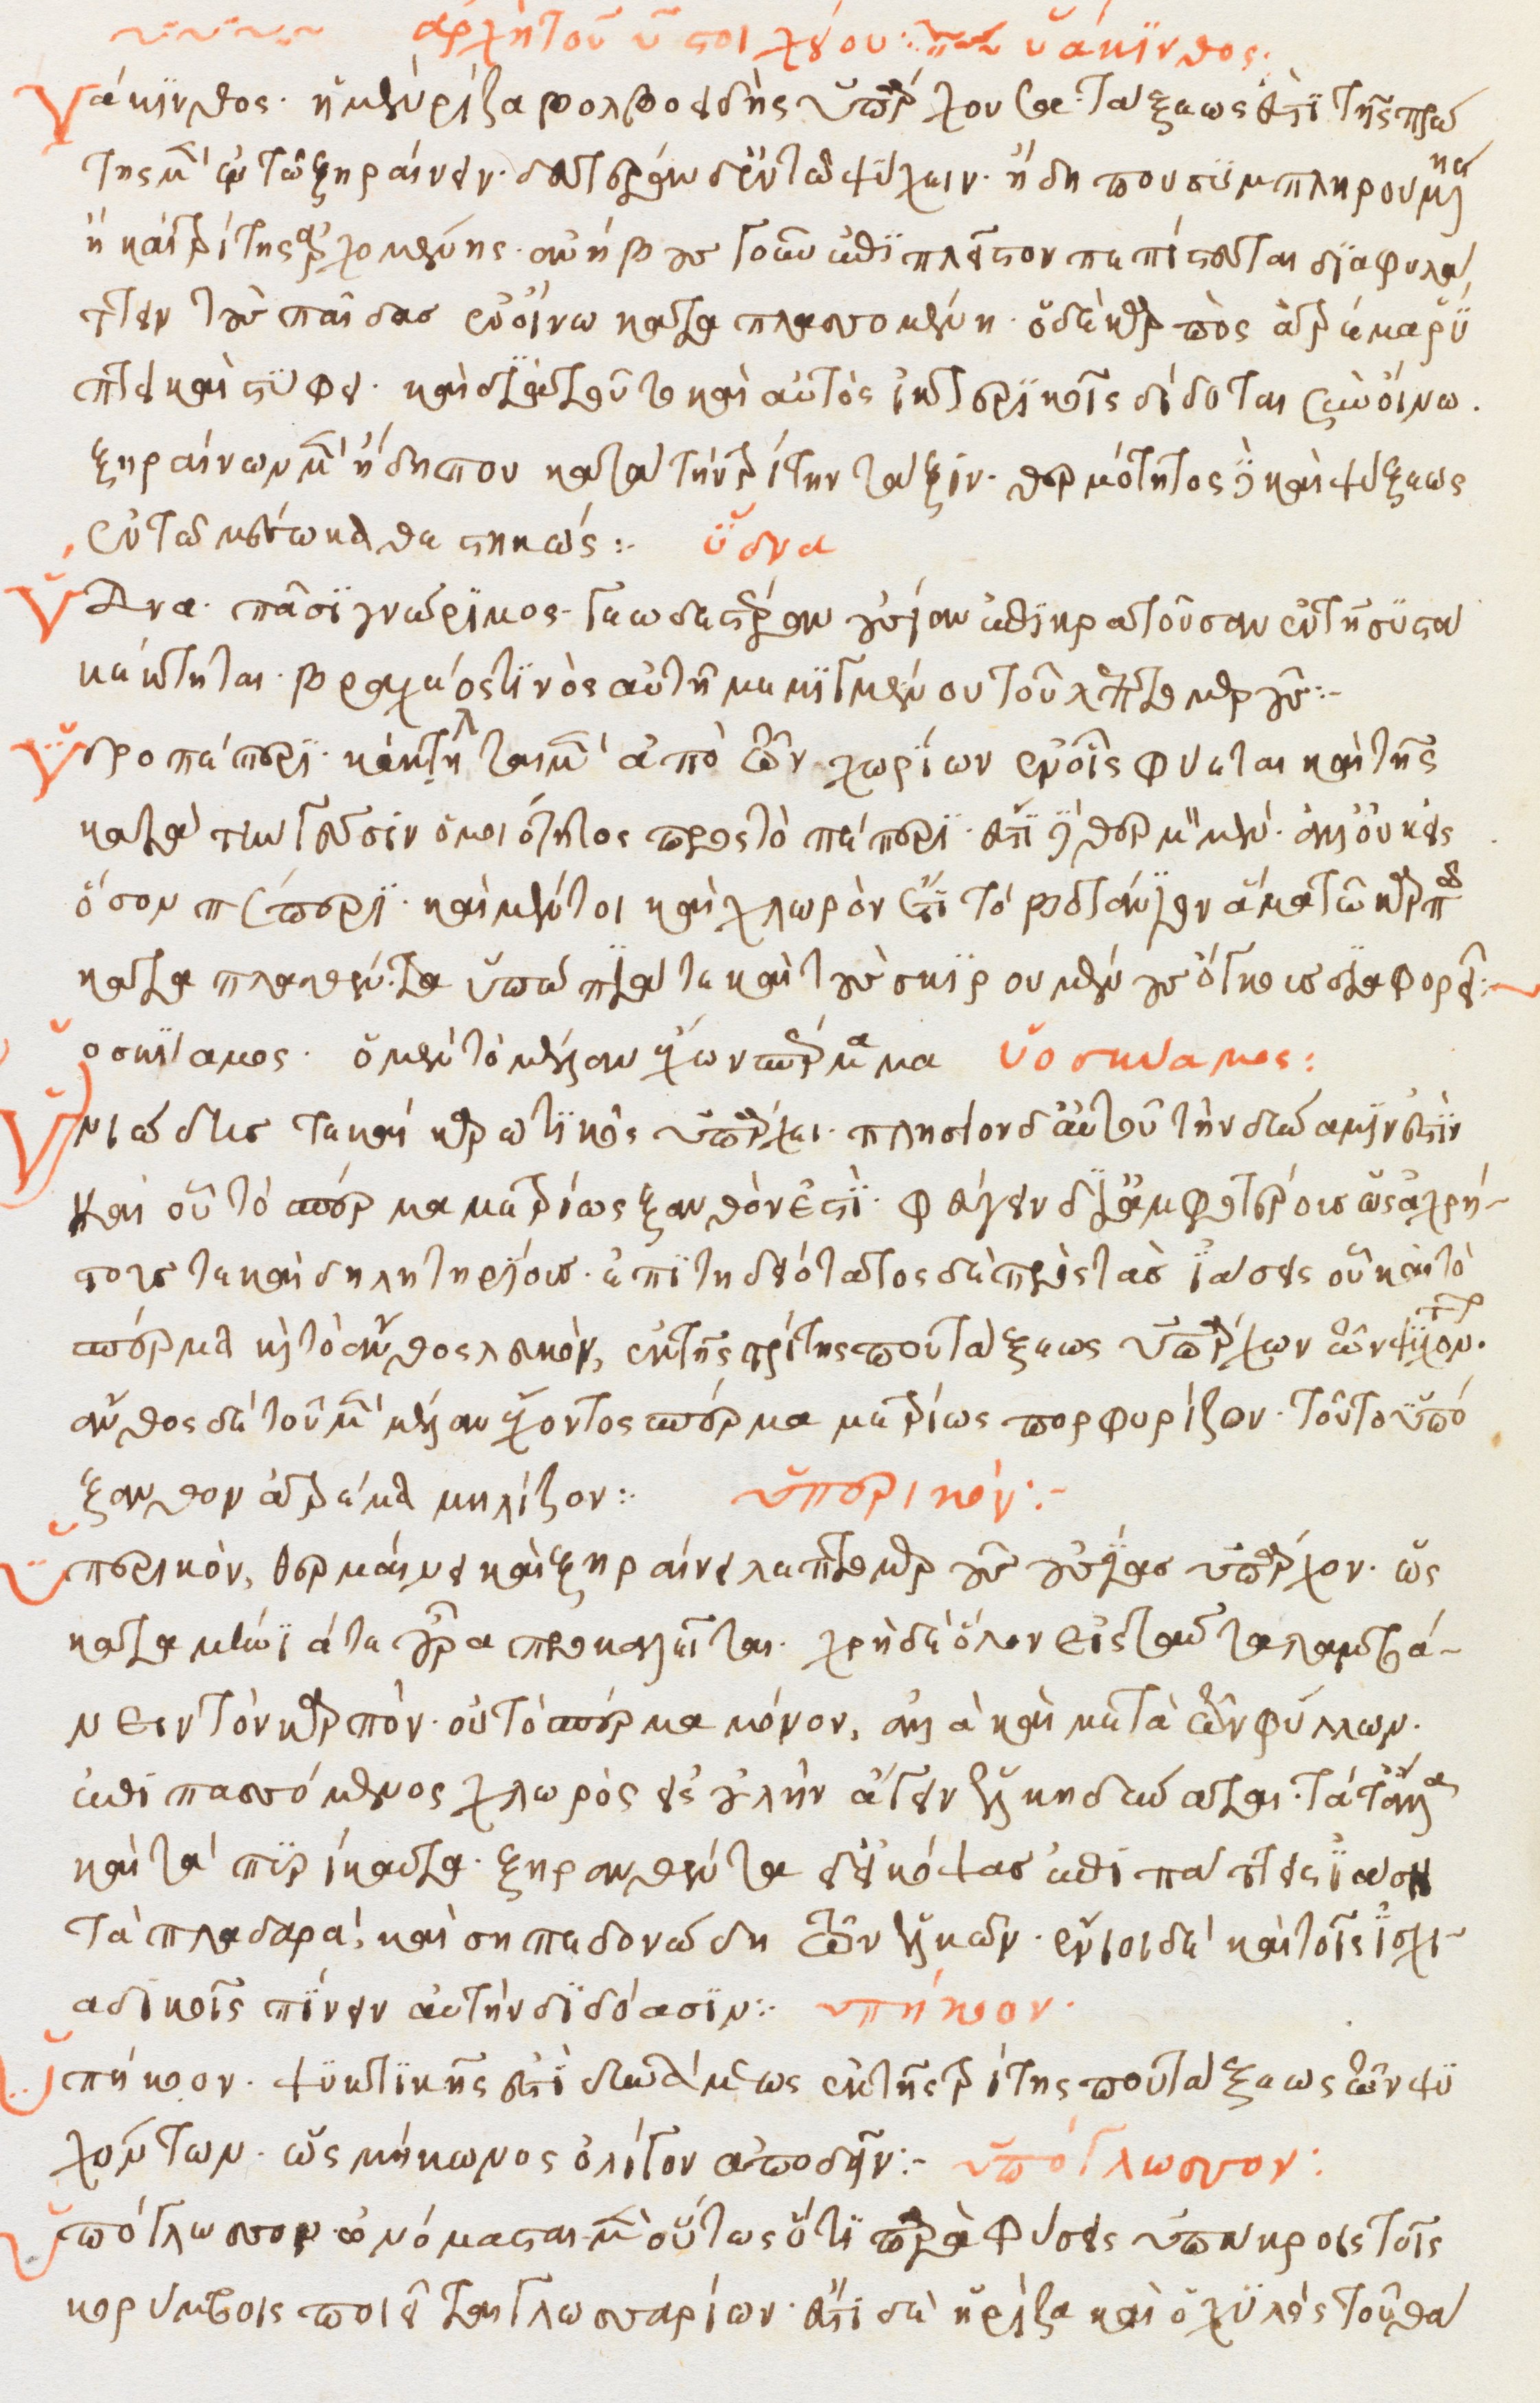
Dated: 1500–1599